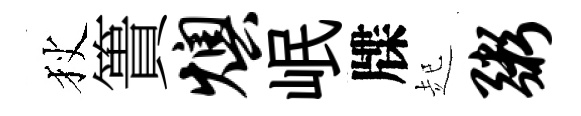
狄簣燠岷牒起粥